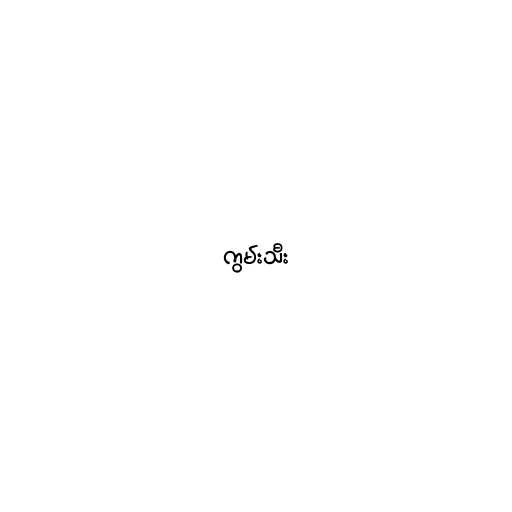
ကွမ်းသီး